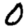
Digit: 0